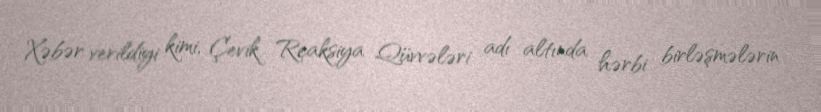
Xəbər verildiyi kimi, Çevik Reaksiya Qüvvələri adı altında hərbi birləşmələrin